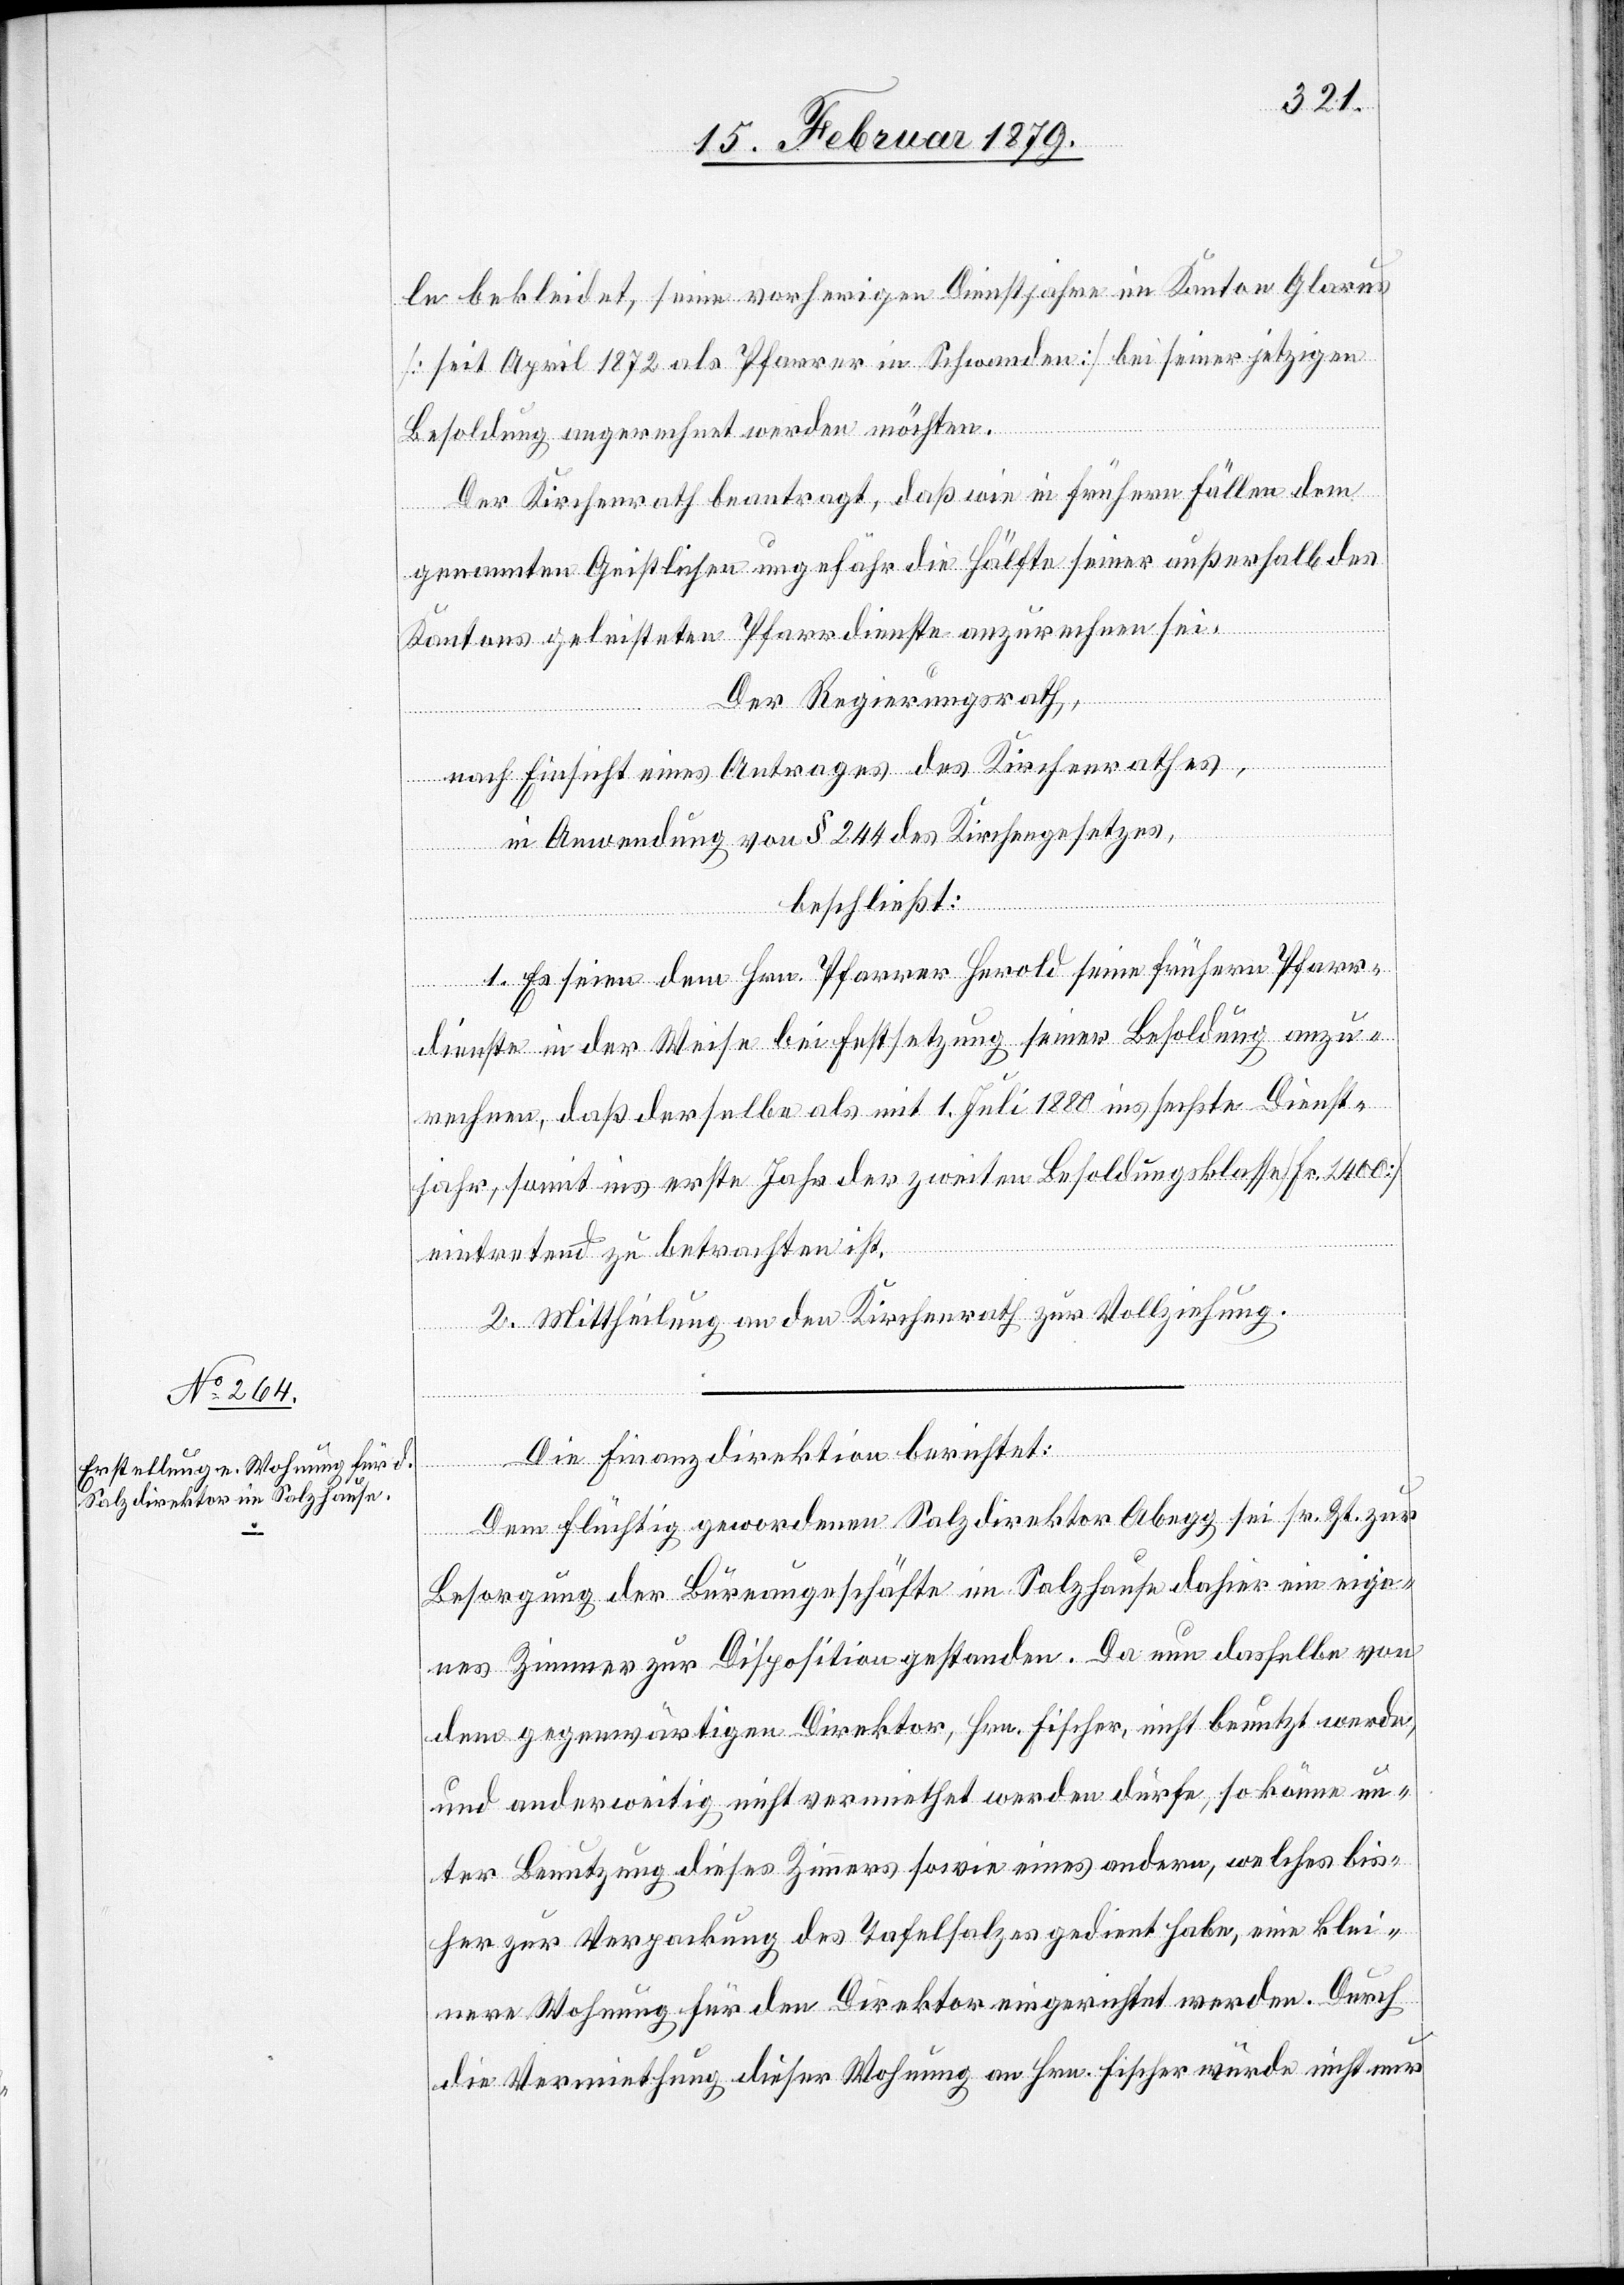
le bekleidet, seine vorherigen Dienstjahre im Kanton Glarus
[seit April 1872 als Pfarrer in Schwanden] bei seiner jetzigen
Besoldung angerechnet werden möchten.
Der Kirchenrath beantragt, daß wie in frühern Fällen dem
genannten Geistlichen ungefähr die Hälfte seiner außerhalb des
Kantons geleisteten Pfarrdienste anzurechnen sei.
Der Regierungsrath,
nach Einsicht eines Antrages des Kirchenrathes,
in Anwendung von § 244 des Kirchengesetzes,
beschließt:
1. Es seien dem Hrn. Pfarrer Herold seine frühern Pfarr¬
dienste in der Weise bei Festsetzung seiner Besoldung anzu¬
rechnen, daß derselbe als mit 1. Juli 1880 ins sechste Dienst¬
jahr, somit ins erste Jahr der zweiten Besoldungsklasse [Fr. 2400]
eintretend zu betrachten ist.
2. Mittheilung an den Kirchenrath zur Vollziehung.
Die Finanzdirektion berichtet:
Dem flüchtig gewordenen Salzdirektor Abegg sei sr. Zt. zur
Besorgung der Büreaugeschäfte im Salzhause dahier ein eige¬
nes Zimmer zur Disposition gestanden. Da nun dasselbe von
dem gegenwärtigen Direktor, Hrn. Fischer, nicht benutzt werde,
und anderweitig nicht vermiethet werden dürfe, so könne un¬
ter Benutzung dieses Zimmers sowie eines andern, welches bis¬
her zur Verpackung des Tafelsalzes gedient habe, eine klei¬
nere Wohnung für den Direktor eingerichtet werden. Durch
die Vermiethung dieser Wohnung an Hrn. Fischer würde nicht nur